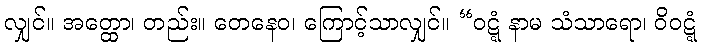
လျှင်။ အတ္ထော၊ တည်း။ တေနေဝ၊ ကြောင့်သာလျှင်။ “ဝဋ္ဋံ နာမ သံသာရော၊ ဝိဝဋ္ဋံ